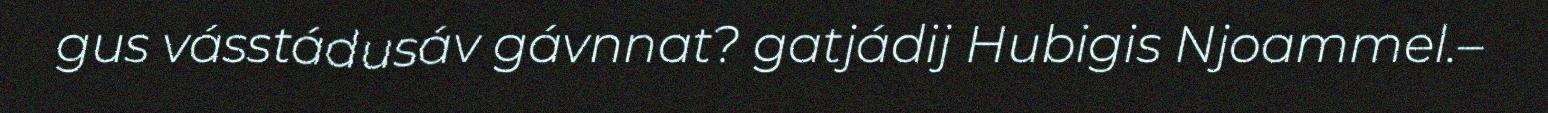
gus vásstádusáv gávnnat? gatjádij Hubigis Njoammel.–